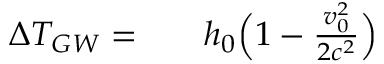
\begin{array} { r l r } { \Delta T _ { G W } = } & { { } } & { h _ { 0 } \Bigl ( 1 - \frac { v _ { 0 } ^ { 2 } } { 2 c ^ { 2 } } \Bigr ) } \end{array}